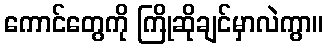
ကောင်တွေကို ကြိုဆိုချင်မှာလဲကွာ။